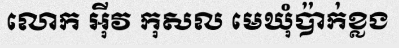
លោក អ៊ីវ កុសល មេឃុំប៉ាក់ខ្លង